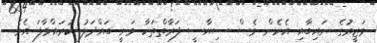
ވަޒީރުގެ ނައިބާއި އެހެން ވެސް ސިޔާސީ ފަރާތްތަކާ ވަނީ ބައްދަލު ކުރައްވާފަ އެވެ.